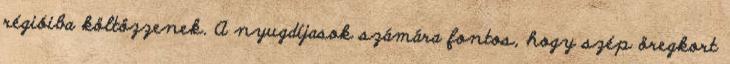
régióiba költözzenek. A nyugdíjasok számára fontos, hogy szép öregkort